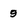
Character: 9